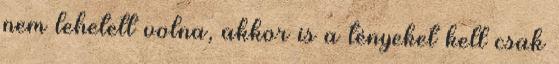
nem lehetett volna, akkor is a tényeket kell csak